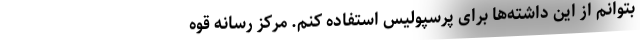
بتوانم از این داشته‌ها برای پرسپولیس استفاده کنم. مرکز رسانه قوه